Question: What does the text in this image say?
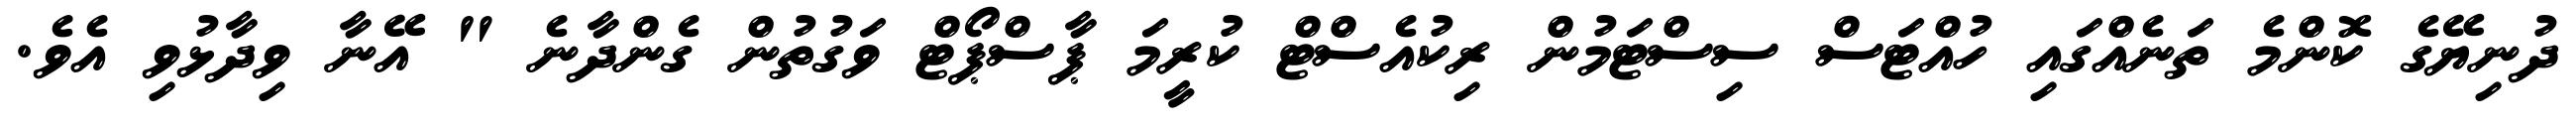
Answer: ދުނިޔޭގެ ކޮންމެ ތަނެއްގައި ހުއްޓަސް ސިސްޓަމުން ރިކުއެސްޓް ކުރީމަ ޕާސްޕޯޓް ވަގުތުން ގެންދާނެ " އޭނާ ވިދާޅުވި އެވެ.